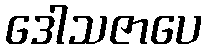
ဒေါသဇာပေ